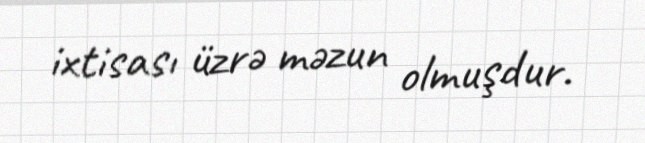
ixtisası üzrə məzun olmuşdur.